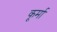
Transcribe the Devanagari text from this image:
कूर्मा